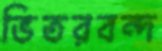
ভিতরবন্দ